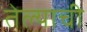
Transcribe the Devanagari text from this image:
तेल्याची